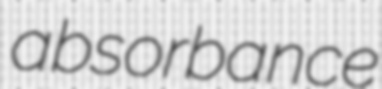
absorbance